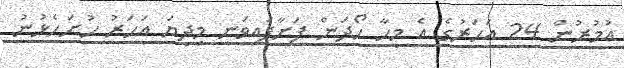
އުމުރުން 24 އަހަރުގެ އެ މީހާ ހޯދަން ފަށާފައިވަނީ މިދިޔަ އަހަރު ހުށަހެޅުނު